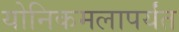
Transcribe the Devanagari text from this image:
योनिकमलापर्यंत